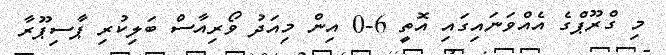
މި ގްރޫޕްގެ އެއްވަނައިގައި އޮތީ 6-0 އިން މިއަދު ވޯރިއާސް ބަލިކުރި ޕާސިޕޫރާ